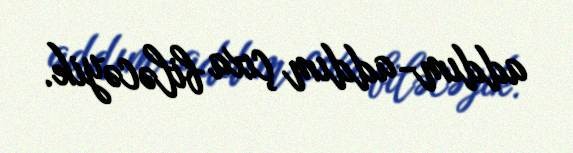
addım-addım çıxa biləcəyik.